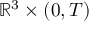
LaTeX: \mathbb { R } ^ { 3 } \times ( 0 , T )